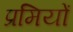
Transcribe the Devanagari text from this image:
प्रमियों